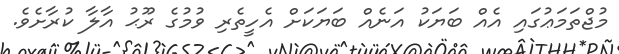
މުޖްތަމަޢުގައި އެއް ބަޔަކު އަނެއް ބަޔަކަށް އެހީތެރި ވުމުގެ ރޫޙު އާލާ ކުރާށެވެ.